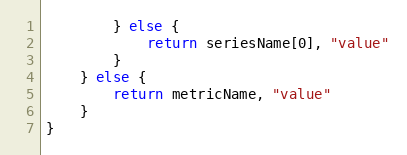
Language: Go
		} else {
			return seriesName[0], "value"
		}
	} else {
		return metricName, "value"
	}
}